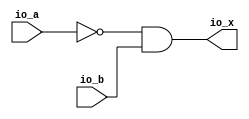
module NotAnd(
  input  [3:0] io_a,
  input  [3:0] io_b,
  output [3:0] io_x
);
  wire [3:0] ___T = ~io_a;
  assign io_x = ___T & io_b;
endmodule